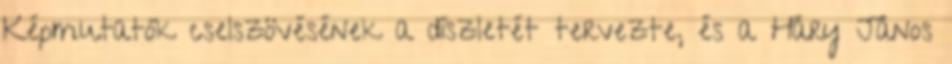
Képmutatók cselszövésének a díszletét tervezte, és a Háry János